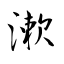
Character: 漱